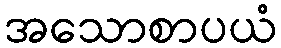
အသောစာပယံ